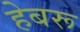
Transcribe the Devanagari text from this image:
हेबरू